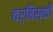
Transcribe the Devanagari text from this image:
वर्बिंस्की